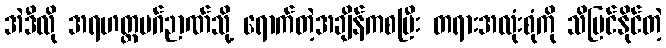
အဲဒီလို အရဟတ္တမဂ်ဉာဏ်သို့ ရောက်တဲ့အချိန်ကစပြီး တရားအလုံးစုံကို သိမြင်နိုင်တဲ့